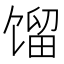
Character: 馏